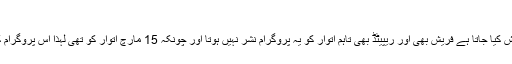
نبیل, ‏مارچ 19, 2009
اے آر وائی کی اس پروگرام گائیڈ کے مطابق بھی سیکنڈ اوپینین پیر تا ہفتہ پیش کیا جاتا ہے فریش بھی اور ریپیٹڈ بھی تاہم اتوار کو یہ پروگرام نشر نہیں ہوتا اور چونکہ 15 مارچ اتوار کو تھی لہذا اس پروگرام کا نشر ہونا بعید از قیاس ہے کیا اس انٹر ویو کی صحیح تاریخ مل سکتی ہے؟